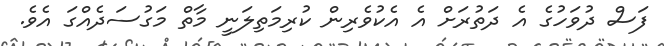
ފަސް ދުވަހުގެ އެ ދަތުރަށް އެ އެކުވެރިން ކުރިމަތިލަނީ މާތް މަގުސަދެއްގަ އެވެ.